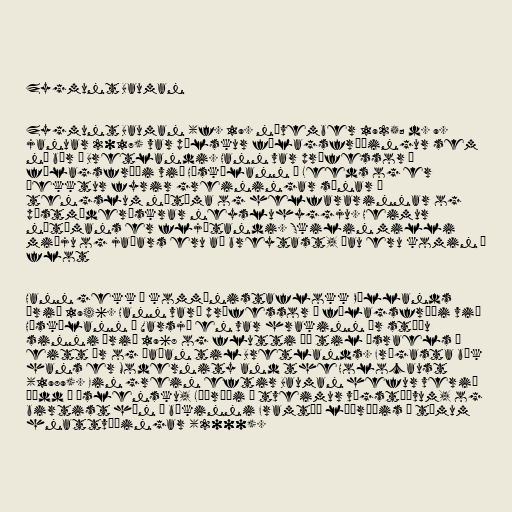
Zygmunt Bauman

Zygmunt Bauman (f. 19. nóvember 1925; d. 9.
januar 2017) var pólskur félagsfræðingur sem
nú býr í Bretlandi. Hann var prófessor í
félagsfræði við Háskólann í Leeds og er
þekktur fyrir greiningar sínar á
tengslum nútíma og helfararinnar og
póstmóderískrar neysluhyggju. Heimur
nútímans er fljótandi. Skilin milli
miðju og jaðars eru að breytast, þau eru komin á
flot

Hann gekk í kommúnistaflokk Póllands
árið 1946. Hann varð prófessor í félagsfræði við
Háskólann í Varsjá en var hrakinn úr stöðu
sinni árið 1968 og flutti þá til Ísraels í
eitt ár og þaðan til Bretlands. Frægasta bók
hans er Modernity and the Holocaust
(1989). Ein grein eftir Bauman hefur verið
þýdd á íslensku, Lýðræði á tveimur vígstöðvum, og
birtist hún í bókinni Framtíð lýðræðis á tímum
hnattvæðingar (2000).